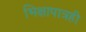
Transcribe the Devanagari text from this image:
भिक्षापात्रही